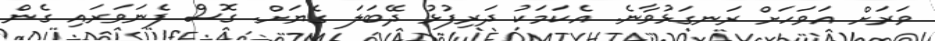
ވަރަށް އަވަހަށް ރަނގަޅުވާނެ. އެކަމަކު ދަރިފުޅު ދޭބަލަ ގެޔަށް. ގޮސް ފެނަވަރައި ގެން